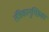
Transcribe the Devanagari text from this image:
तंत्रिकागुच्छिका